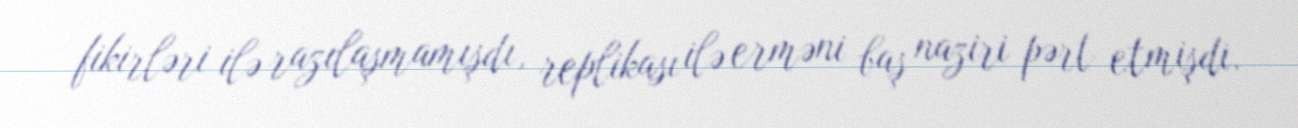
fikirləri ilə razılaşmamışdı, replikası ilə erməni baş naziri pərt etmişdi.